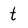
Character: t